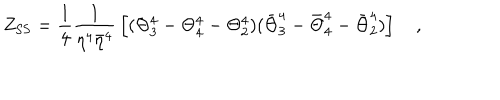
Z _ { \mathrm { S S } } = { \frac { 1 } { 4 } } { \frac { 1 } { \eta ^ { 4 } { \bar { \eta } } ^ { 4 } } } \left[ ( \Theta _ { 3 } ^ { 4 } - \Theta _ { 4 } ^ { 4 } - \Theta _ { 2 } ^ { 4 } ) ( { \bar { \Theta } } _ { 3 } ^ { 4 } - { \bar { \Theta } } _ { 4 } ^ { 4 } - { \bar { \Theta } } _ { 2 } ^ { 4 } ) \right] \quad ,